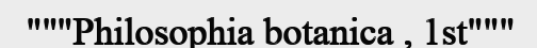
"""Philosophia botanica , 1st"""